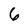
Character: 6